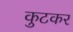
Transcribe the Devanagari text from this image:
कुटकर